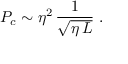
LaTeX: P _ { c } \sim \eta ^ { 2 } \, \frac { 1 } { \sqrt { \eta \, L } } \, \, .